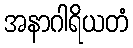
အနာဂါရိယတံ